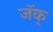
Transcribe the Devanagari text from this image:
जॅक्